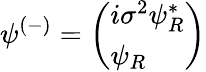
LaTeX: \psi^{(-)}={\left(\begin{array}{l}{i\sigma^{2}\psi_{R}^{*}}\\ {\psi_{R}}\end{array}\right)}